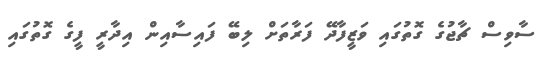
ސާވިސް ޗާޖުގެ ގޮތުގައި ވަޒީފާދޭ ފަރާތަށް ލިބޭ ފައިސާއިން އިދާރީ ފީގެ ގޮތުގައި